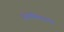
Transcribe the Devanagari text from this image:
है।नैमिषारण्य